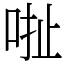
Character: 𠳏